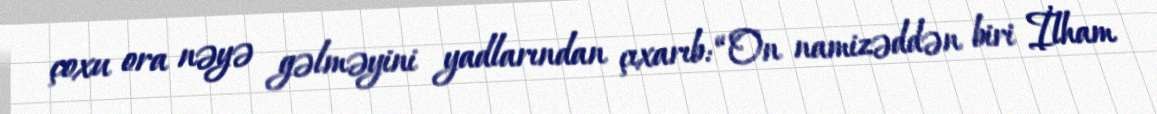
çoxu ora nəyə gəlməyini yadlarından çıxarıb: “On namizəddən biri İlham